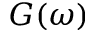
G ( \omega )